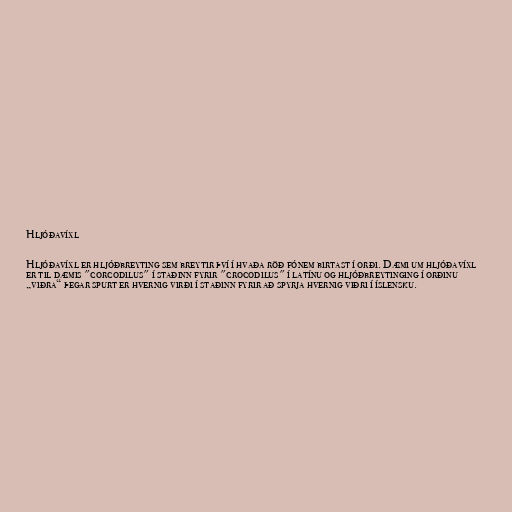
Hljóðavíxl

Hljóðavíxl er hljóðbreyting sem breytir því í hvaða röð fónem birtast í orði. Dæmi um hljóðavíxl
er til dæmis "corcodilus" í staðinn fyrir "crocodilus" í latínu og hljóðbreytinging í orðinu
„viðra“ þegar spurt er hvernig virði í staðinn fyrir að spyrja hvernig viðri í íslensku.